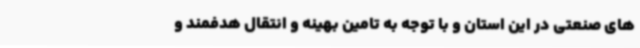
های صنعتی در این استان و با توجه به تامین بهینه و انتقال هدفمند و